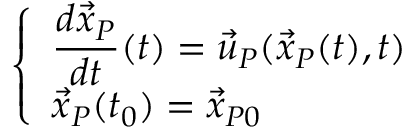
\left\{ \begin{array} { l l } { \displaystyle { \frac { d { \vec { x } } _ { P } } { d t } } ( t ) = { \vec { u } } _ { P } ( { \vec { x } } _ { P } ( t ) , t ) } \\ { { \vec { x } } _ { P } ( t _ { 0 } ) = { \vec { x } } _ { P 0 } } \end{array} \right.